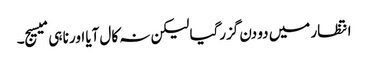
انتظار میں دو دن گزرگیا لیکن نہ کال آیا اور نا ہی میسیج۔